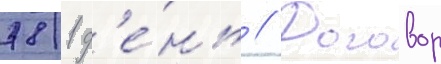
781 д'е́нь // Договор